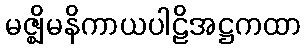
မဇ္ဈိမနိကာယပါဠိအဋ္ဌကထာ